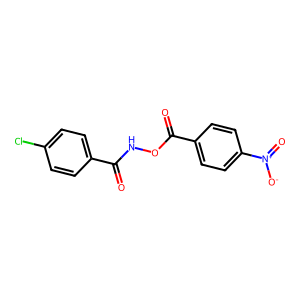
SMILES: O=C(NOC(=O)c1ccc([N+](=O)[O-])cc1)c1ccc(Cl)cc1
Inhibits HIV replication: No